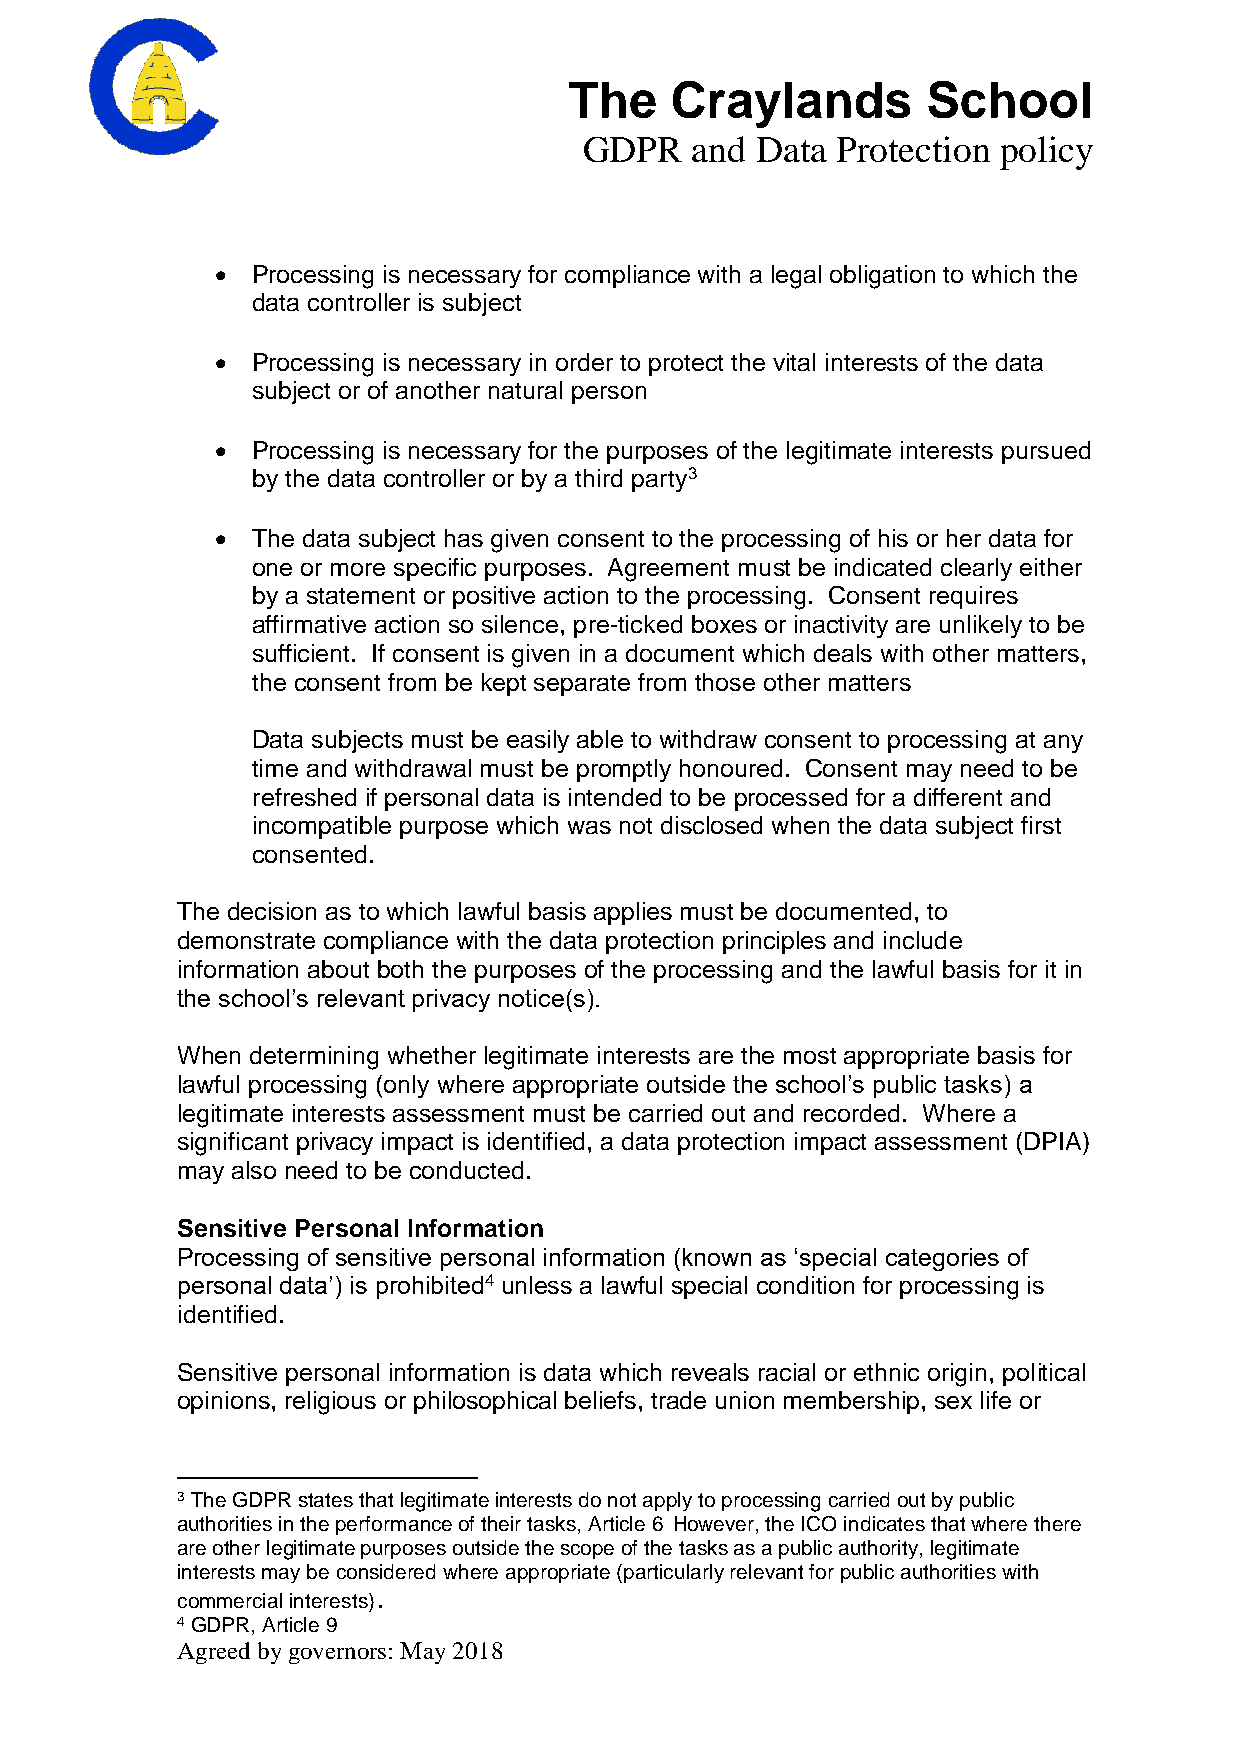
The   Craylands        School
 GDPR   and Data Protection policy
   Processing is necessary for compliance with a legal obligation to which the
 data controller is subject
   Processing is necessary in order to protect the vital interests of the data
 subject or of another natural person
   Processing is necessary for the purposes of the legitimate interests pursued
 by the data controller or by a third party3
   The data subject has given consent to the processing of his or her data for
 one or more specific purposes. Agreement must be indicated clearly either
 by a statement or positive action to the processing. Consent requires
 affirmative action so silence, pre-ticked boxes or inactivity are unlikely to be
 sufficient. If consent is given in a document which deals with other matters,
 the consent from be kept separate from those other matters
 Data subjects must be easily able to withdraw consent to processing at any
 time and withdrawal must be promptly honoured. Consent may need to be
 refreshed if personal data is intended to be processed for a different and
 incompatible purpose which was not disclosed when the data subject first
 consented.
 The decision as to which lawful basis applies must be documented, to
 demonstrate compliance with the data protection principles and include
 information about both the purposes of the processing and the lawful basis for it in
 the school’s relevant privacy notice(s).
 When determining whether legitimate interests are the most appropriate basis for
 lawful processing (only where appropriate outside the school’s public tasks) a
 legitimate interests assessment must be carried out and recorded. Where a
 significant privacy impact is identified, a data protection impact assessment (DPIA)
 may also need to be conducted.
 Sensitive Personal Information
 Processing of sensitive personal information (known as ‘special categories of
 personal data’) is prohibited4 unless a lawful special condition for processing is
 identified.
 Sensitive personal information is data which reveals racial or ethnic origin, political
 opinions, religious or philosophical beliefs, trade union membership, sex life or
 3 The GDPR states that legitimate interests do not apply to processing carried out by public
 authorities in the performance of their tasks, Article 6 However, the ICO indicates that where there
 are other legitimate purposes outside the scope of the tasks as a public authority, legitimate
 interests may be considered where appropriate (particularly relevant for public authorities with
 commercial interests).
 4 GDPR, Article 9
 Agreed by governors: May 2018